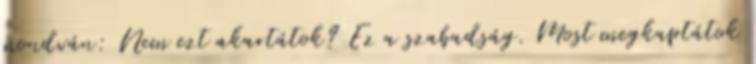
mondván: Nem ezt akartátok? Ez a szabadság. Most megkaptátok